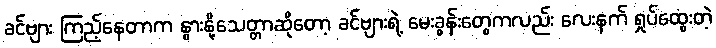
ခင်ဗျား ကြည့်နေတာက နွားနို့သေတ္တာဆိုတော့ ခင်ဗျားရဲ့ မေးခွန်းတွေကလည်း လေးနက် ရှုပ်ထွေးတဲ့